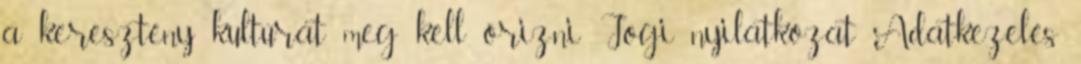
a keresztény kultúrát meg kell őrizni Jogi nyilatkozat Adatkezelés